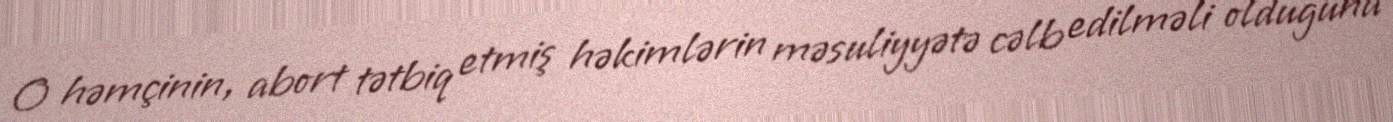
O həmçinin, abort tətbiq etmiş həkimlərin məsuliyyətə cəlb edilməli olduğuna